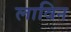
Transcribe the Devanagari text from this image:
लाविन